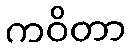
ကဝိတာ